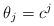
LaTeX: \begin{align*}\theta_j = c^j\end{align*}